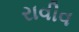
રાવીવ